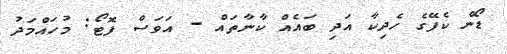
ޑޯން ކެފޭގެ ހެދިކާ އަދި ބައެއް ކާނާތައް - އަވަސް ފޮޓޯ: މުހައްމަދު